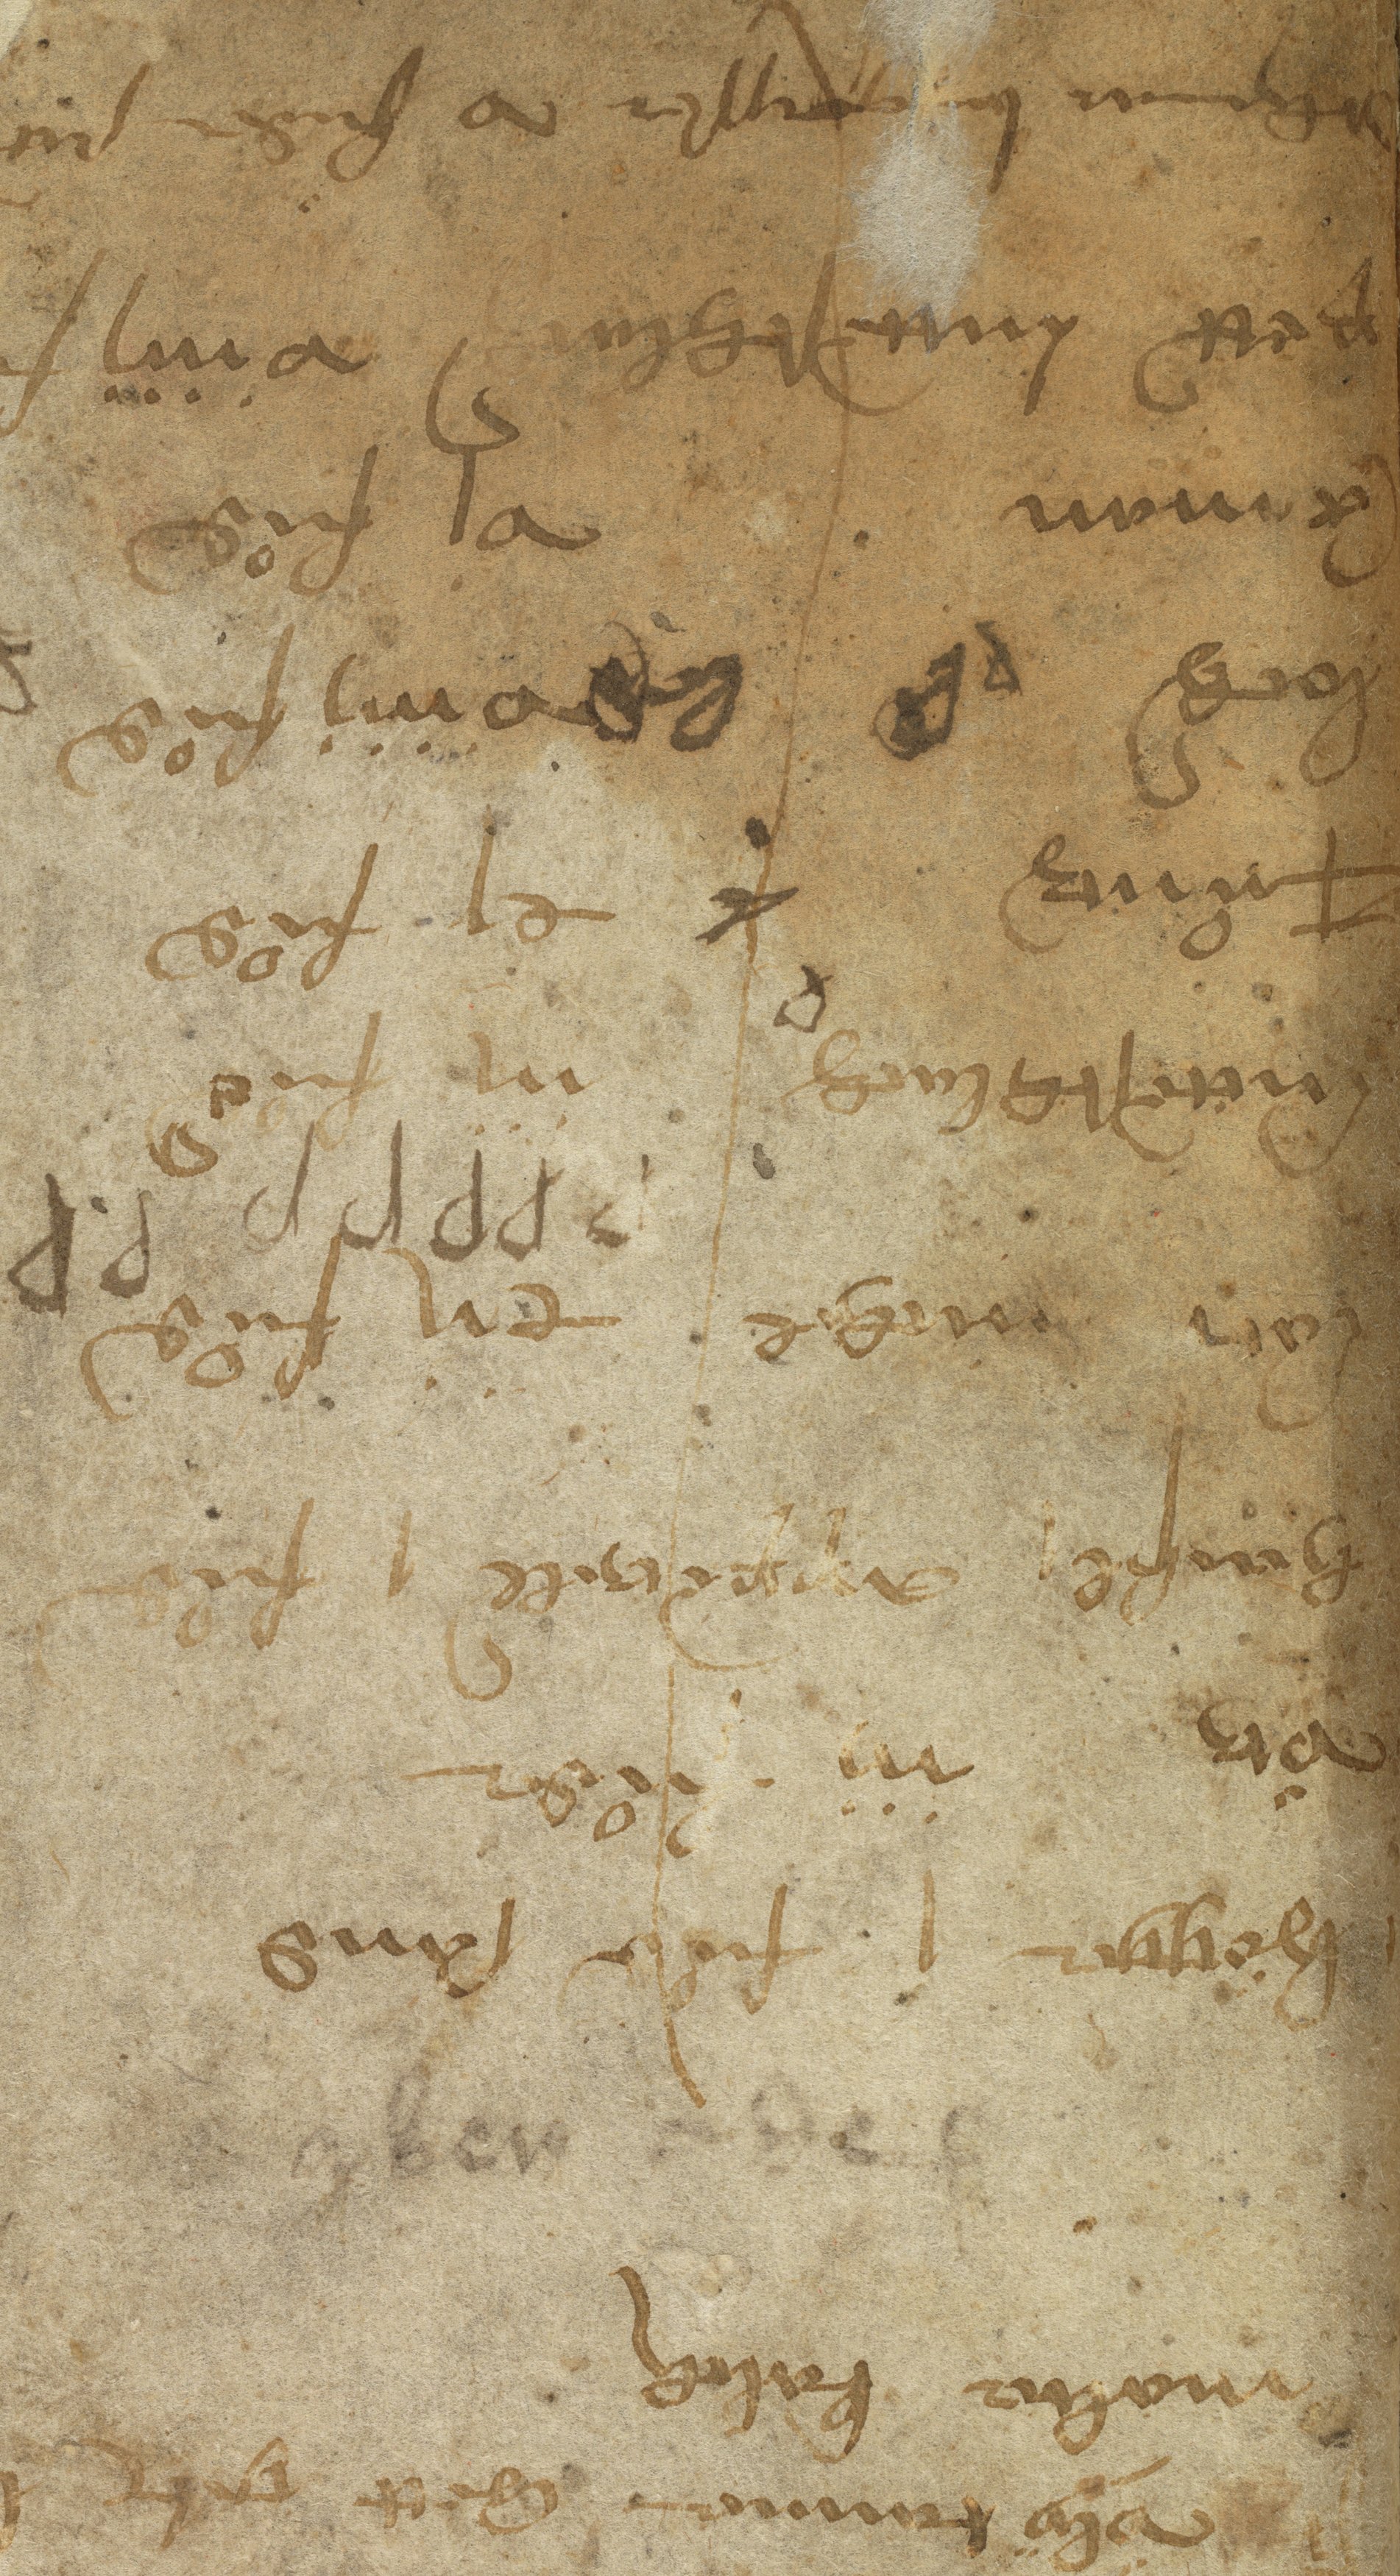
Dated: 1400–1599